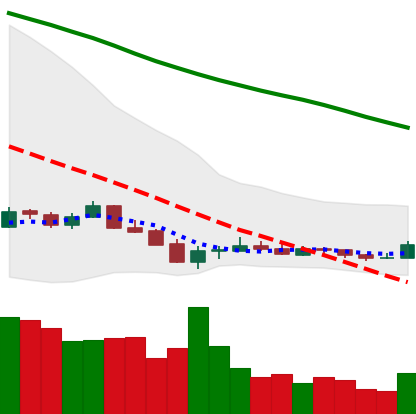
Ticker: ETC-USD
Chart end date: 2018-12-17
Forward return: 17.247%
Label: up_7plus